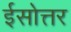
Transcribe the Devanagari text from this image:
ईसोत्तर